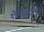
સધનોનો